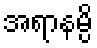
အရာနမ္ပိ